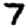
Digit: 7